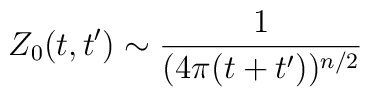
Z_0(t,t') \sim  \frac{1}{(4 \pi (t+t'))^{n/2}}